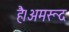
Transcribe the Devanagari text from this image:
है।अमरूद